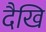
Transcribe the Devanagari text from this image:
दैखि